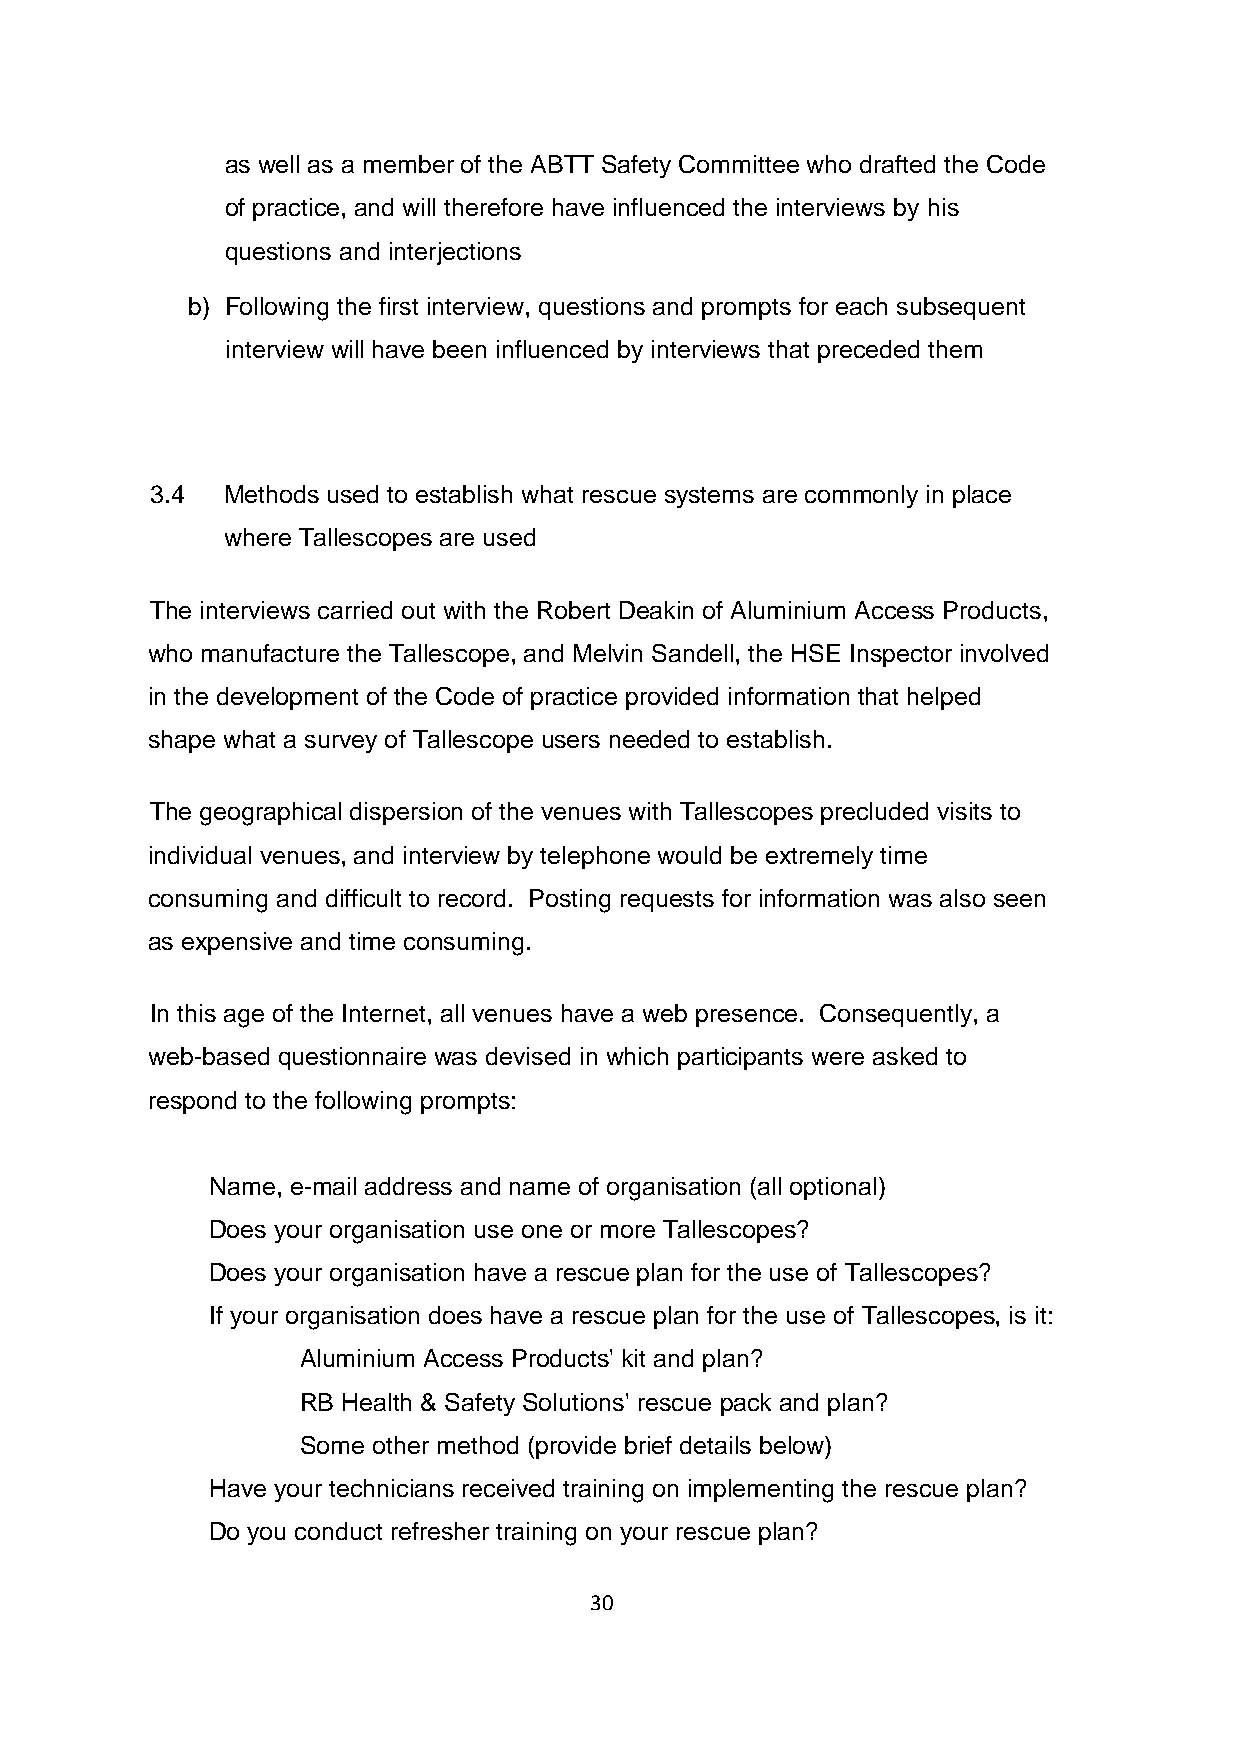
as well as a member of the ABTT Safety Committee who drafted the Code
 of practice, and will therefore have influenced the interviews by his
 questions and interjections
 b) Following the first interview, questions and prompts for each subsequent
 interview will have been influenced by interviews that preceded them
 3.4  Methods used to establish what rescue systems are commonly in place
 where Tallescopes are used
 The interviews carried out with the Robert Deakin of Aluminium Access Products,
 who manufacture the Tallescope, and Melvin Sandell, the HSE Inspector involved
 in the development of the Code of practice provided information that helped
 shape what a survey of Tallescope users needed to establish.
 The geographical dispersion of the venues with Tallescopes precluded visits to
 individual venues, and interview by telephone would be extremely time
 consuming and difficult to record. Posting requests for information was also seen
 as expensive and time consuming.
 In this age of the Internet, all venues have a web presence. Consequently, a
 web-based questionnaire was devised in which participants were asked to
 respond to the following prompts:
 Name, e-mail address and name of organisation (all optional)
 Does your organisation use one or more Tallescopes?
 Does your organisation have a rescue plan for the use of Tallescopes?
 If your organisation does have a rescue plan for the use of Tallescopes, is it:
 Aluminium Access Products' kit and plan?
 RB Health & Safety Solutions' rescue pack and plan?
 Some other method (provide brief details below)
 Have your technicians received training on implementing the rescue plan?
 Do you conduct refresher training on your rescue plan?
 30